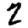
Digit: 2